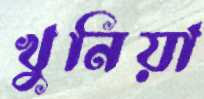
খুনিয়া